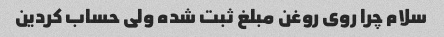
سلام چرا روی روغن مبلغ ثبت شده ولی حساب کردین